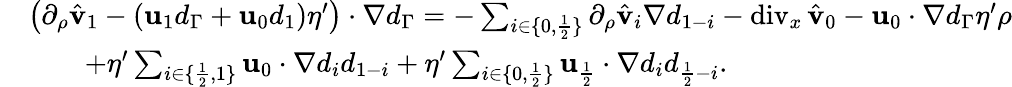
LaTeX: \begin{array}{rl}&{\big(\partial_{\rho}\hat{\mathbf{v}}_{1}-(\mathbf{u}_{1}d_{\Gamma}+\mathbf{u}_{0}d_{1})\eta^{\prime}\big)\cdot\nabla d_{\Gamma}=-\sum_{i\in\{ 0,\frac{1}{2}\} }\partial_{\rho}\hat{\mathbf{v}}_{i}\nabla d_{1-i}-\operatorname{div}_{x}\hat{\mathbf{v}}_{0}-\mathbf{u}_{0}\cdot\nabla d_{\Gamma}\eta^{\prime}\rho}\\ &{\qquad+\eta^{\prime}\sum_{i\in\{ \frac{1}{2},1\} }\mathbf{u}_{0}\cdot\nabla d_{i}d_{1-i}+\eta^{\prime}\sum_{i\in\{ 0,\frac{1}{2}\} }\mathbf{u}_{\frac{1}{2}}\cdot\nabla d_{i}d_{\frac{1}{2}-i}.}\end{array}